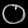
Digit: ၀